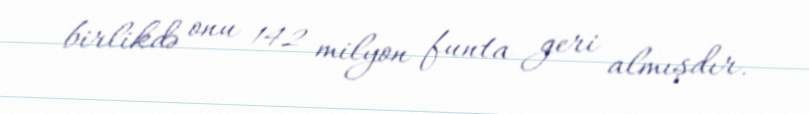
birlikdə onu 142 milyon funta geri almışdır.